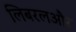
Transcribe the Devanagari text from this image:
लिबरलऔर